Punjab Mental Hospital Lahore 1932-46 - 1932-1946
Year: 1932
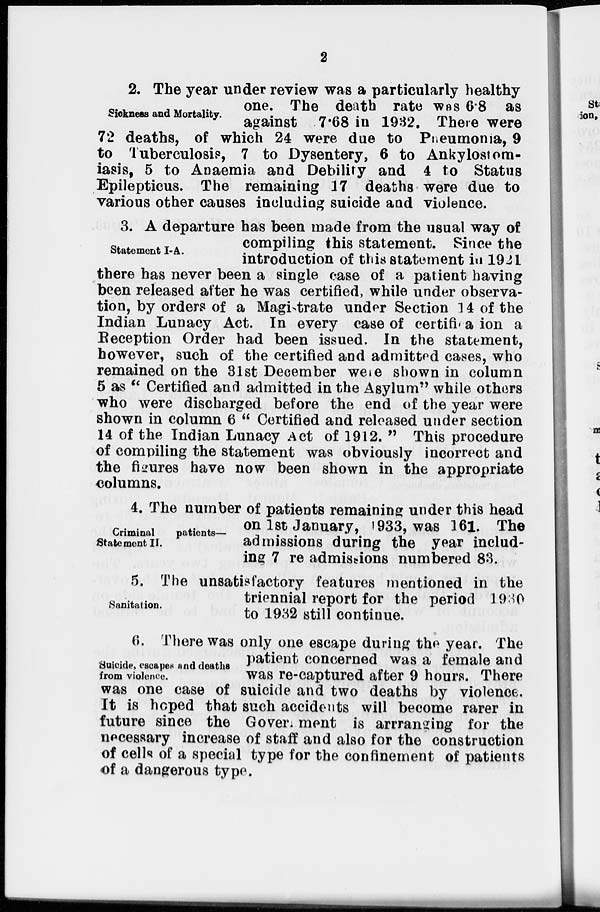
2
Sickness and Mortality.
2. The year under review was a particularly healthy
one. The death rate was 6.8 as
against 7.68 in 1932. There were
72 deaths, of which 24 were due to Pneumonia, 9
to Tuberculosis, 7 to Dysentery, 6 to Ankylostom-
iasis, 5 to Anaemia and Debility and 4 to Status
Epilepticus. The remaining 17 deaths were due to
various other causes including suicide and violence.
Statement I-A.
3. A departure has been made from the usual way of
compiling this statement. Since the
introduction of this statement in 1921
there has never been a single case of a patient having
been released after he was certified, while under observa-
tion, by orders of a Magistrate under Section 14 of the
Indian Lunacy Act. In every case of certification a
Reception Order had been issued. In the statement,
however, such of the certified and admitted cases, who
remained on the 31st December were shown in column
5 as " Certified and admitted in the Asylum" while others
who were discharged before the end of the year were
shown in column 6 " Certified and released under section
14 of the Indian Lunacy Act of 1912. " This procedure
of compiling the statement was obviously incorrect and
the figures have now been shown in the appropriate
columns.
Criminal
patients––
Statement II.
4. The number of patients remaining under this head
on 1st January, 1933, was 161. The
admissions during the year includ-
ing 7 re admissions numbered 83.
Sanitation.
5. The unsatisfactory features mentioned in the
triennial report for the period 1930
to 1932 still continue.
Suicide, escapes and deaths
from violence.
6. There was only one escape during the year. The
patient concerned was a female and
was re-captured after 9 hours. There
was one case of suicide and two deaths by violence.
It is hoped that such accidents will become rarer in
future since the Government is arrranging for the
necessary increase of staff and also for the construction
of cells of a special type for the confinement of patients
of a dangerous type.